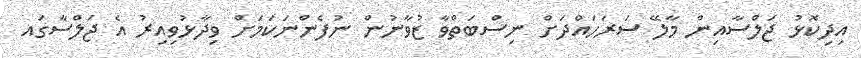
އިދިކޮޅު ޖަލްސާއިން މާލޭ ސަރަހައްދަށް ނިސްބަތްވާ ޒުވާނުން ނުފެންނަކަމަށް ވިދާޅުވިއިރު އެ ޖަލްސާގައ